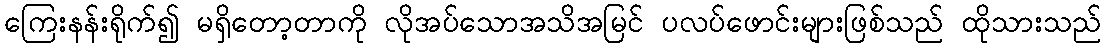
ကြေးနန်းရိုက်၍ မရှိတော့တာကို လိုအပ်သောအသိအမြင် ပလပ်ဖောင်းများဖြစ်သည် ထိုသားသည်